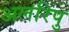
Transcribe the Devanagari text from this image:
अलरिपु